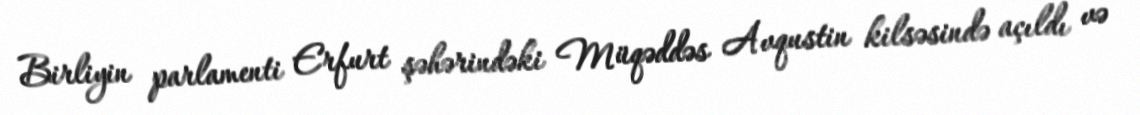
Birliyin parlamenti Erfurt şəhərindəki Müqəddəs Avqustin kilsəsində açıldı və